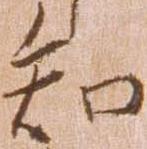
知